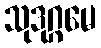
သုဒုဂ္ဂမေ